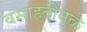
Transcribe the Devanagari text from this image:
वसाहतींमुळे